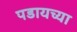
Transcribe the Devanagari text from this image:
पडायच्या